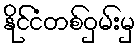
နိုင်ငံတစ်ဝှမ်းမှ